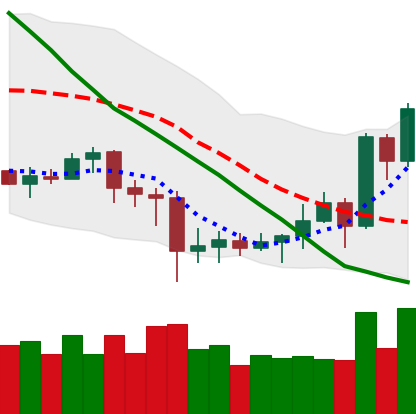
Ticker: EOS-USD
Chart end date: 2020-07-08
Forward return: -4.568%
Label: down_3_5